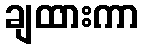
ချထားကာ